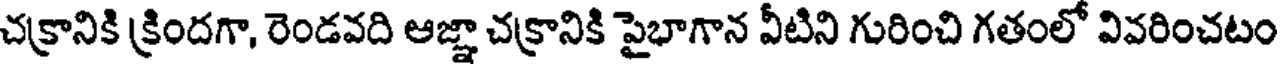
చక్రానికి క్రిందగా, రెండవది ఆజ్ఞా చక్రానికి పైభాగాన వీటిని గురించి గతంలో వివరించటం